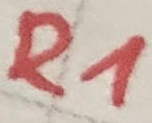
Text: R1